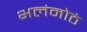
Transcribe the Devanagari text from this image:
भलंमोठं